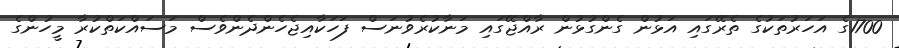
1700ގެ އަހަރުތަކުގެ ތެރޭގައި އަޅުން ގެންގުޅުން ރާއްޖޭގައި މަނާކުރެވުނަސް ފަހަކާއިޖެހެންދެންވެސް މަސައްކަތްކުރާ މީހުންގެ